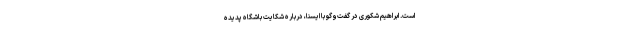
است. ابراهیم شکوری در گفت‌وگو با ایسنا، درباره شکایت باشگاه پدیده